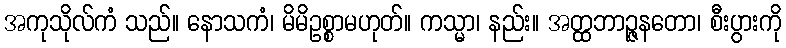
အကုသိုလ်ကံ သည်။ နောသကံ၊ မိမိဥစ္စာမဟုတ်။ ကသ္မာ၊ နည်း။ အတ္ထဘာဉ္ဇနတော၊ စီးပွားကို